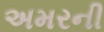
અમરની